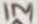
Text: 1M